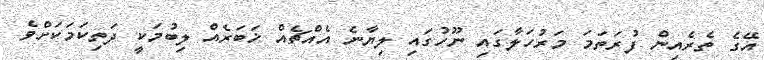
އޭގެ ތެރެއިން ފުރަތަމަ މަރުހަލާގައި ނޫހުގައި ލިޔާނެ އެއްޗެއް ޚަބަރެއް ލިބުމަކީ ދަތިކަމަކަށްވެ